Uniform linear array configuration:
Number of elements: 24
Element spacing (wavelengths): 0.5
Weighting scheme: exponential
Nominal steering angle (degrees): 15
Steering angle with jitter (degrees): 16.48
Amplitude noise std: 0.05
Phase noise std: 0.05

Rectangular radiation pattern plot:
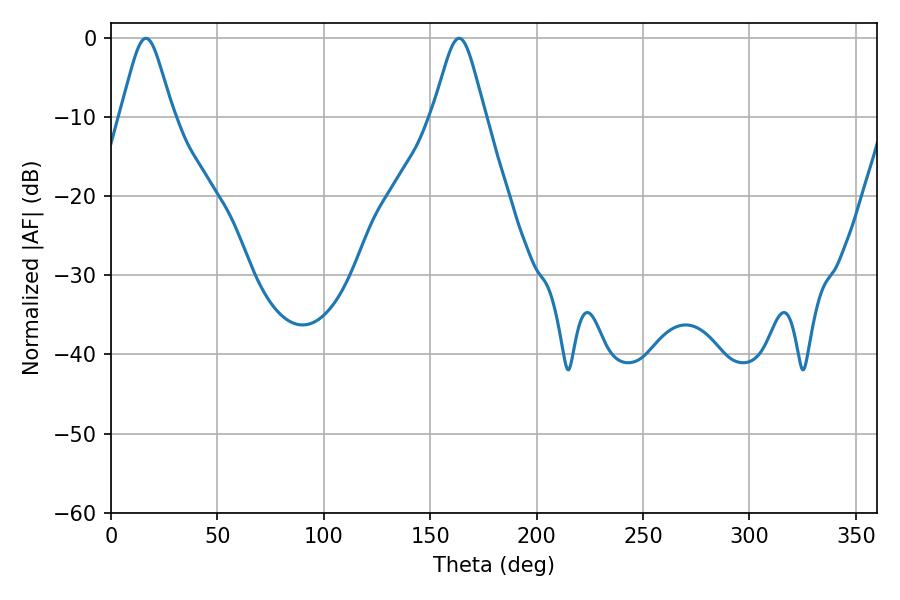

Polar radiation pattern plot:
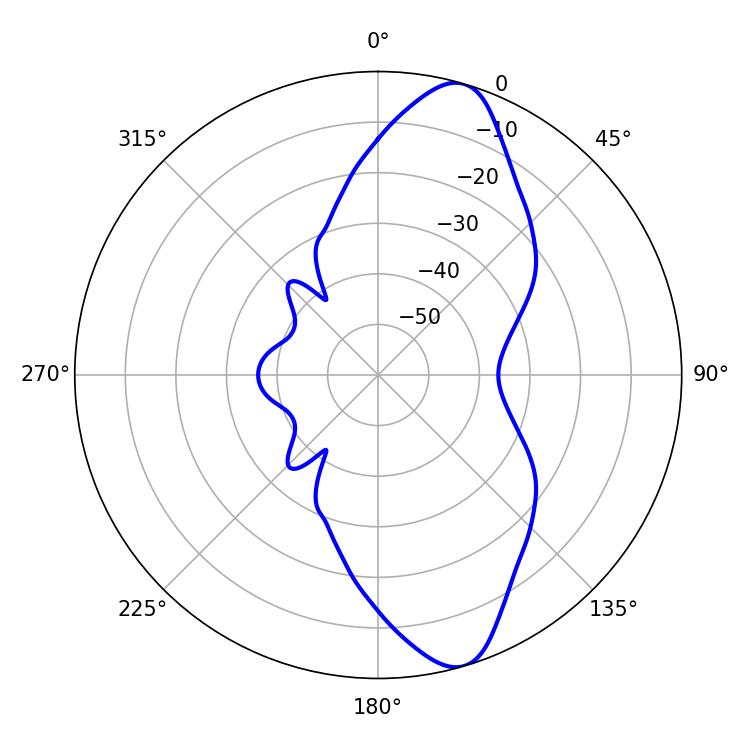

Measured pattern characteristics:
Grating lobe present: FALSE
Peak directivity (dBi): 11.21
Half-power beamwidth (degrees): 12.06
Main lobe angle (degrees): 16.38